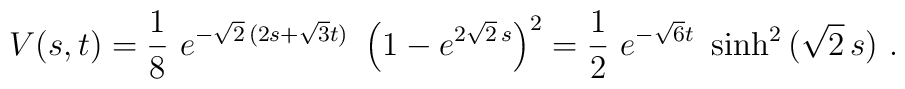
V(s,t) = \frac{1}{8}\ {e^{-{\sqrt{2}}\,  (2s+{\sqrt{3}}t )}}\ \left(1-{e^{2{\sqrt{2}}\, s}}\right)^2 = \frac{1}{2}\  e^{- \sqrt{6} t } \ \sinh^2 \,(\sqrt {2 }\,s)\ .